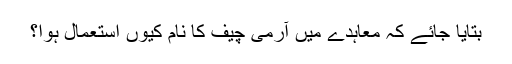
بتایا جائے کہ معاہدے میں آرمی چیف کا نام کیوں استعمال ہوا؟